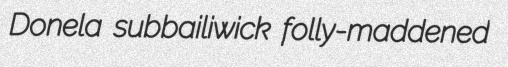
Donela subbailiwick folly-maddened